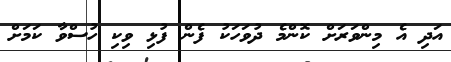
އަދި އެ މިންވަރަށް ކޮންމެ ދުވަހަކު ފެން ފުޅި ވިކި ހުސްވާ ކަމަށް